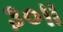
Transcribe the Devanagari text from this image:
३०॥